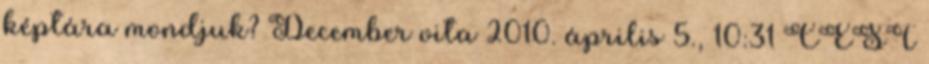
képtára mondjuk? December vita 2010. április 5., 10:31 CEST